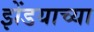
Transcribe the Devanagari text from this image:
झेंडयाच्या